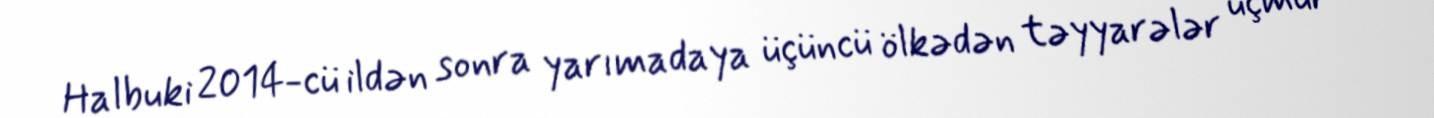
Halbuki 2014-cü ildən sonra yarımadaya üçüncü ölkədən təyyarələr uçmur -